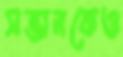
সন্তানকেও